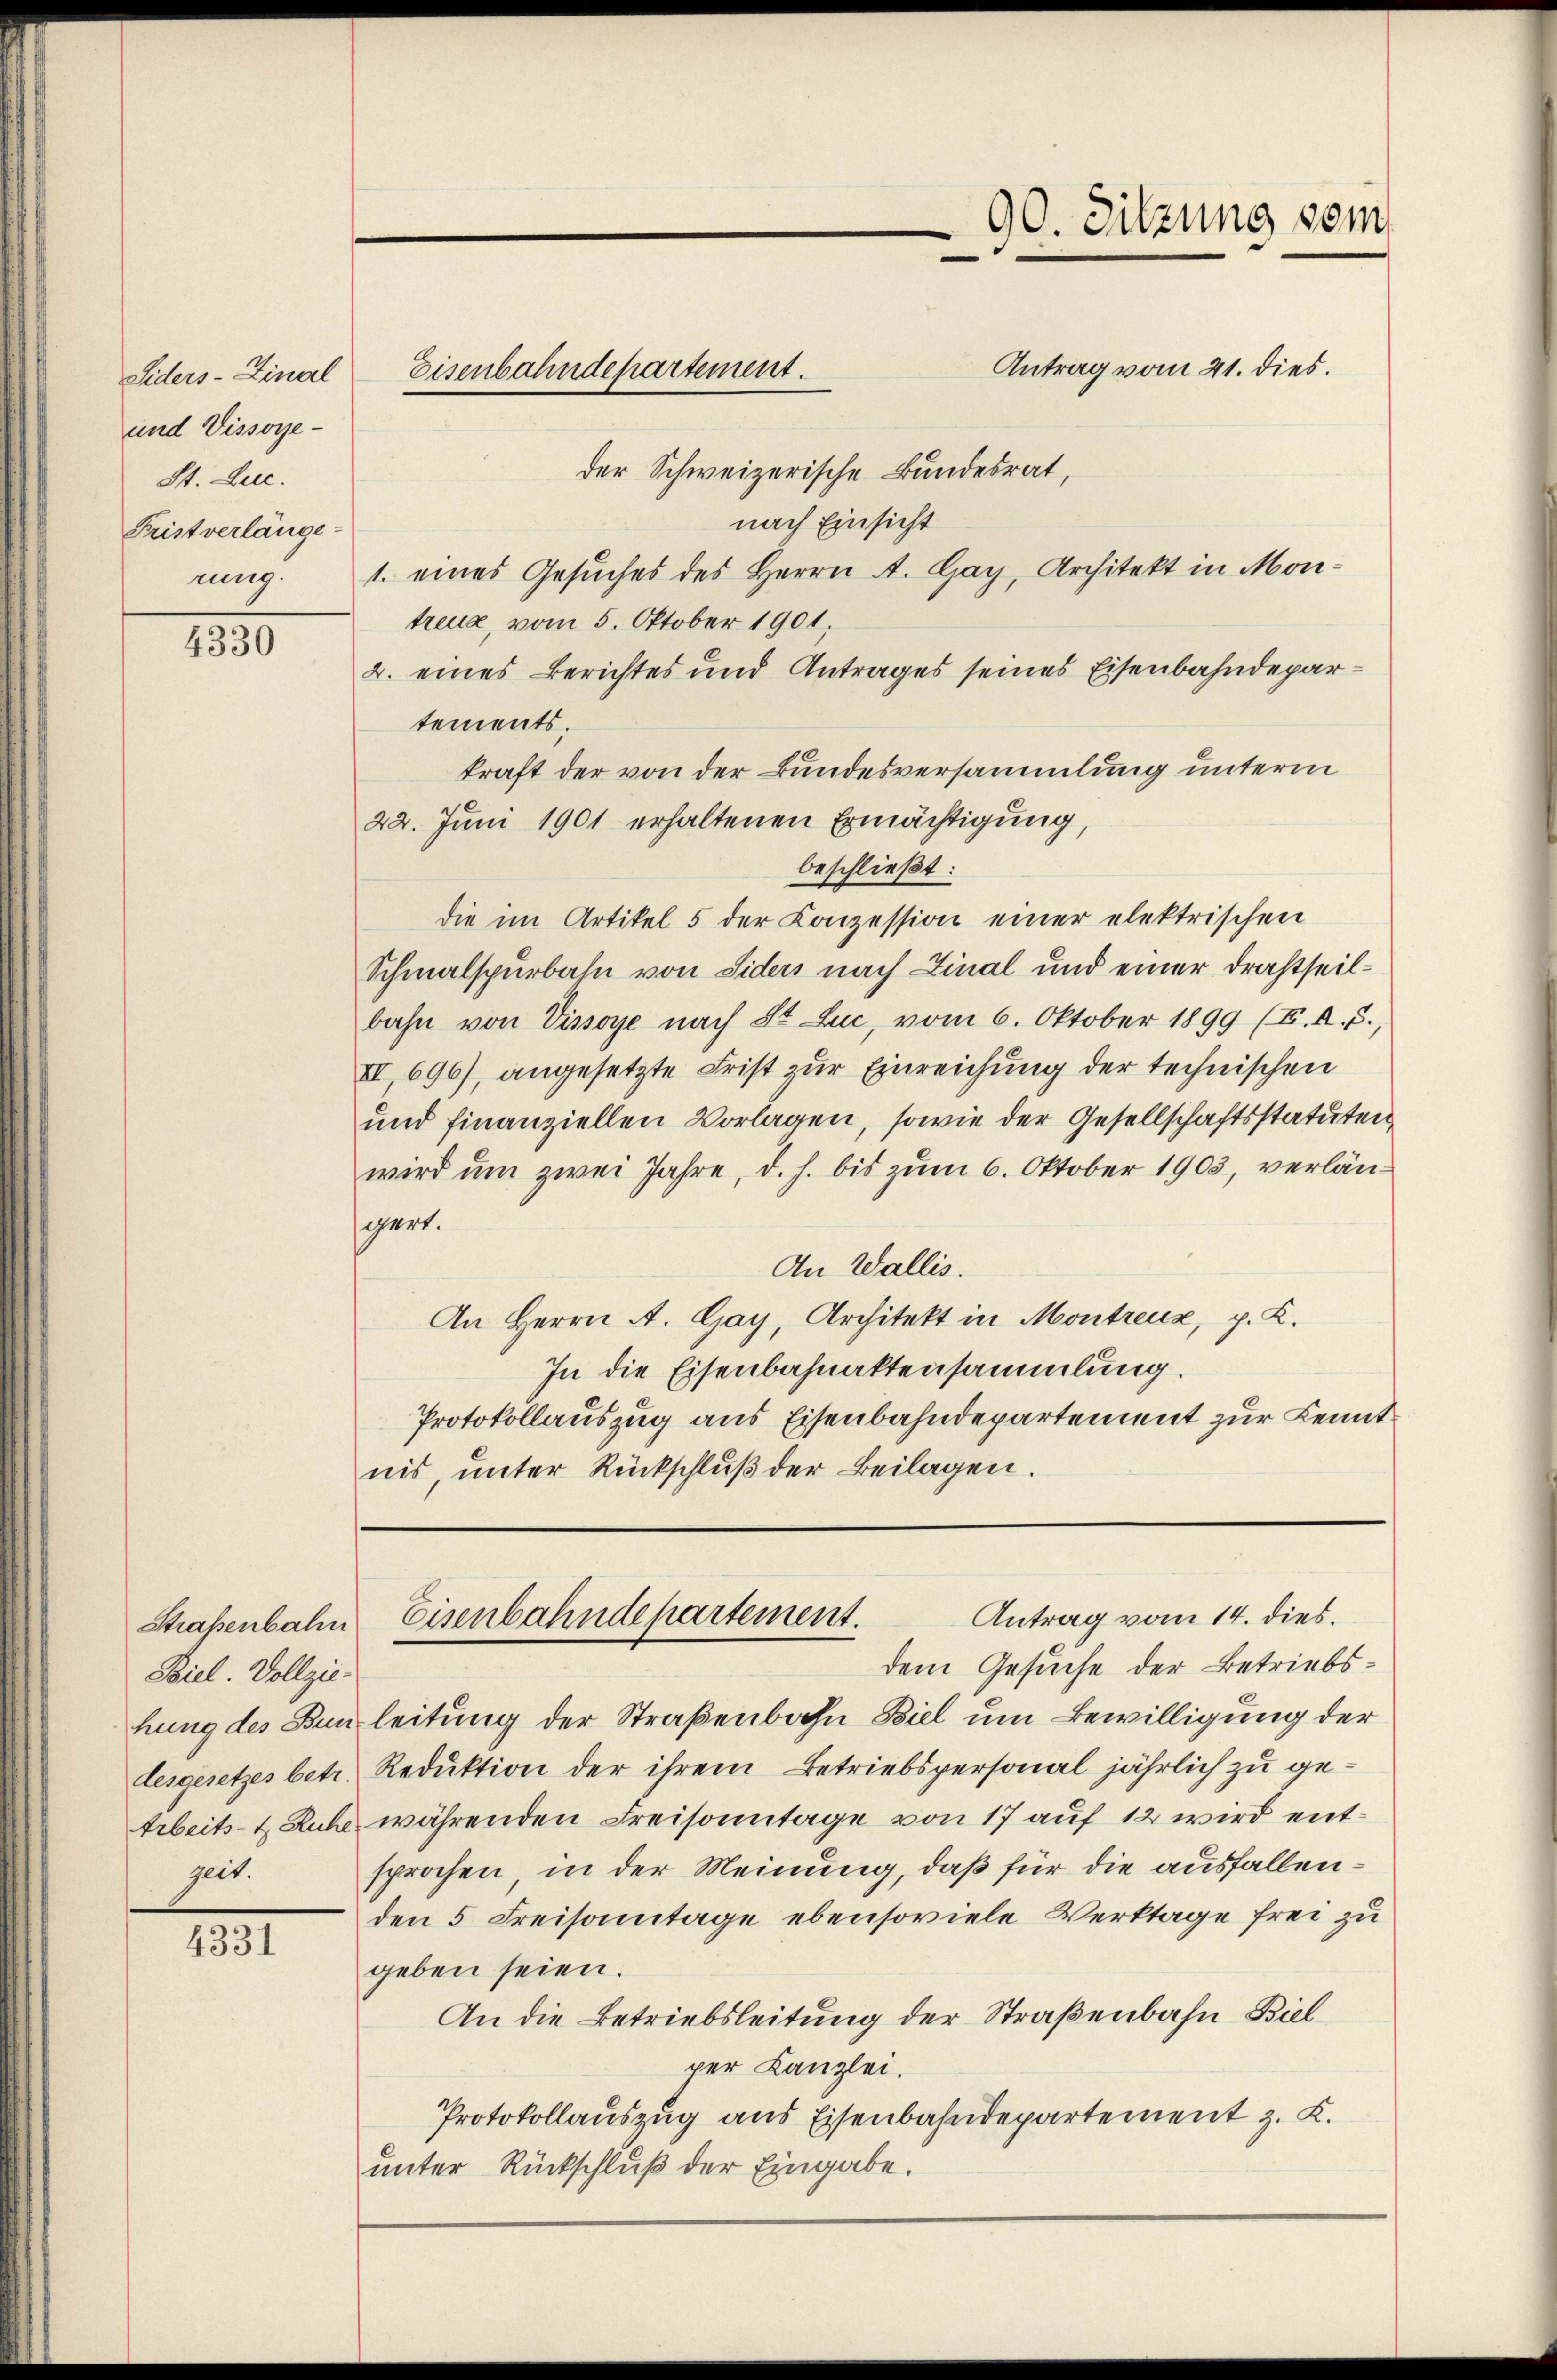
Siders-Final
und Vissore¬
St. Luc.
Fristverlänge-
rung.

4330

11

Antrag vom 21. dies.
der Schweizerische Bundesrat,
nach Einsicht
1. eines Gesuches des Herrn A. Gay, Architekt in Montreue, vom 5. Oktober 1901,
2. eines Berichtes und Antrages seines Eisenbahndepartements.
kraft der von der Bundesversammlung unterm
22. Juni 1901 erhaltenen Ermächtigung,
beschließt:
die im Artikel 5 der Conzession einer elektrischen
Schmalspurbahn von Siders nach Linal und einer Drahtheilbahn von Vissoye nach St. Luc, vom 6. Oktober 1899 (E. A. S.,
II,696), angesetzte Frist zur Einreichung der technischen
und finanziellen Vorlagen, sowie der Gesellschaftsstatutenwird um zwei Jahre, d. h. bis zum 6. Oktober 1903, verlänsgart.
An Wallis.
An Herrn A. Gay, Architekt in Montreux, p. K.
In die Eisenbahnaktensammlung.
Protokollauszug aus Eisenbahndepartement zur Kenntnis, unter Rückschlŭβ der Beilagen.

Biel. Vollziezeit.

Eisenbahndepartement.

90. Sitzung vom

Antrag vom 14. dies.
Straßenbahn Eisenbahndepartement.

dem Gesuche der Betriebshung des Bunleitung der Straßenbahn Biel um Bewilligung der
tesgesetzes betr. Reduktion der ihrem Betriebspersonal jährlich zu ge¬
Arbeits- & Ruhe währenden Freisonntage von 17 auf 12 wird entsprochen, in der Meinung, daß für die ausfallenden 5 Freisamtage ebensoviele Werktage frei zu
geben seien.
An die Betriebsleitung der Straßenbahn Biel
per Kanzlei.
Protokollauszug aus Eisenbahndepartement z. K.
unter Rückschluß der Eingabe.